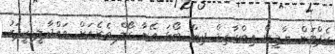
ކެޕްޓަން ޔާމީން އިބްރާހިމް ދިން ބޯޅަ އޭނާ ގޯލް ތެރެއަށް ވައްދާލީ ކީޕަރު